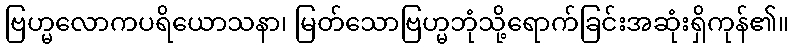
ဗြဟ္မလောကပရိယောသနာ၊ မြတ်သောဗြဟ္မဘုံသို့ရောက်ခြင်းအဆုံးရှိကုန်၏။